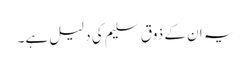
یہ ان کے ذوق سلیم کی دلیل ہے۔